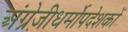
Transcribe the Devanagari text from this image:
अंग्रेज़ीधर्मोपदेशकों